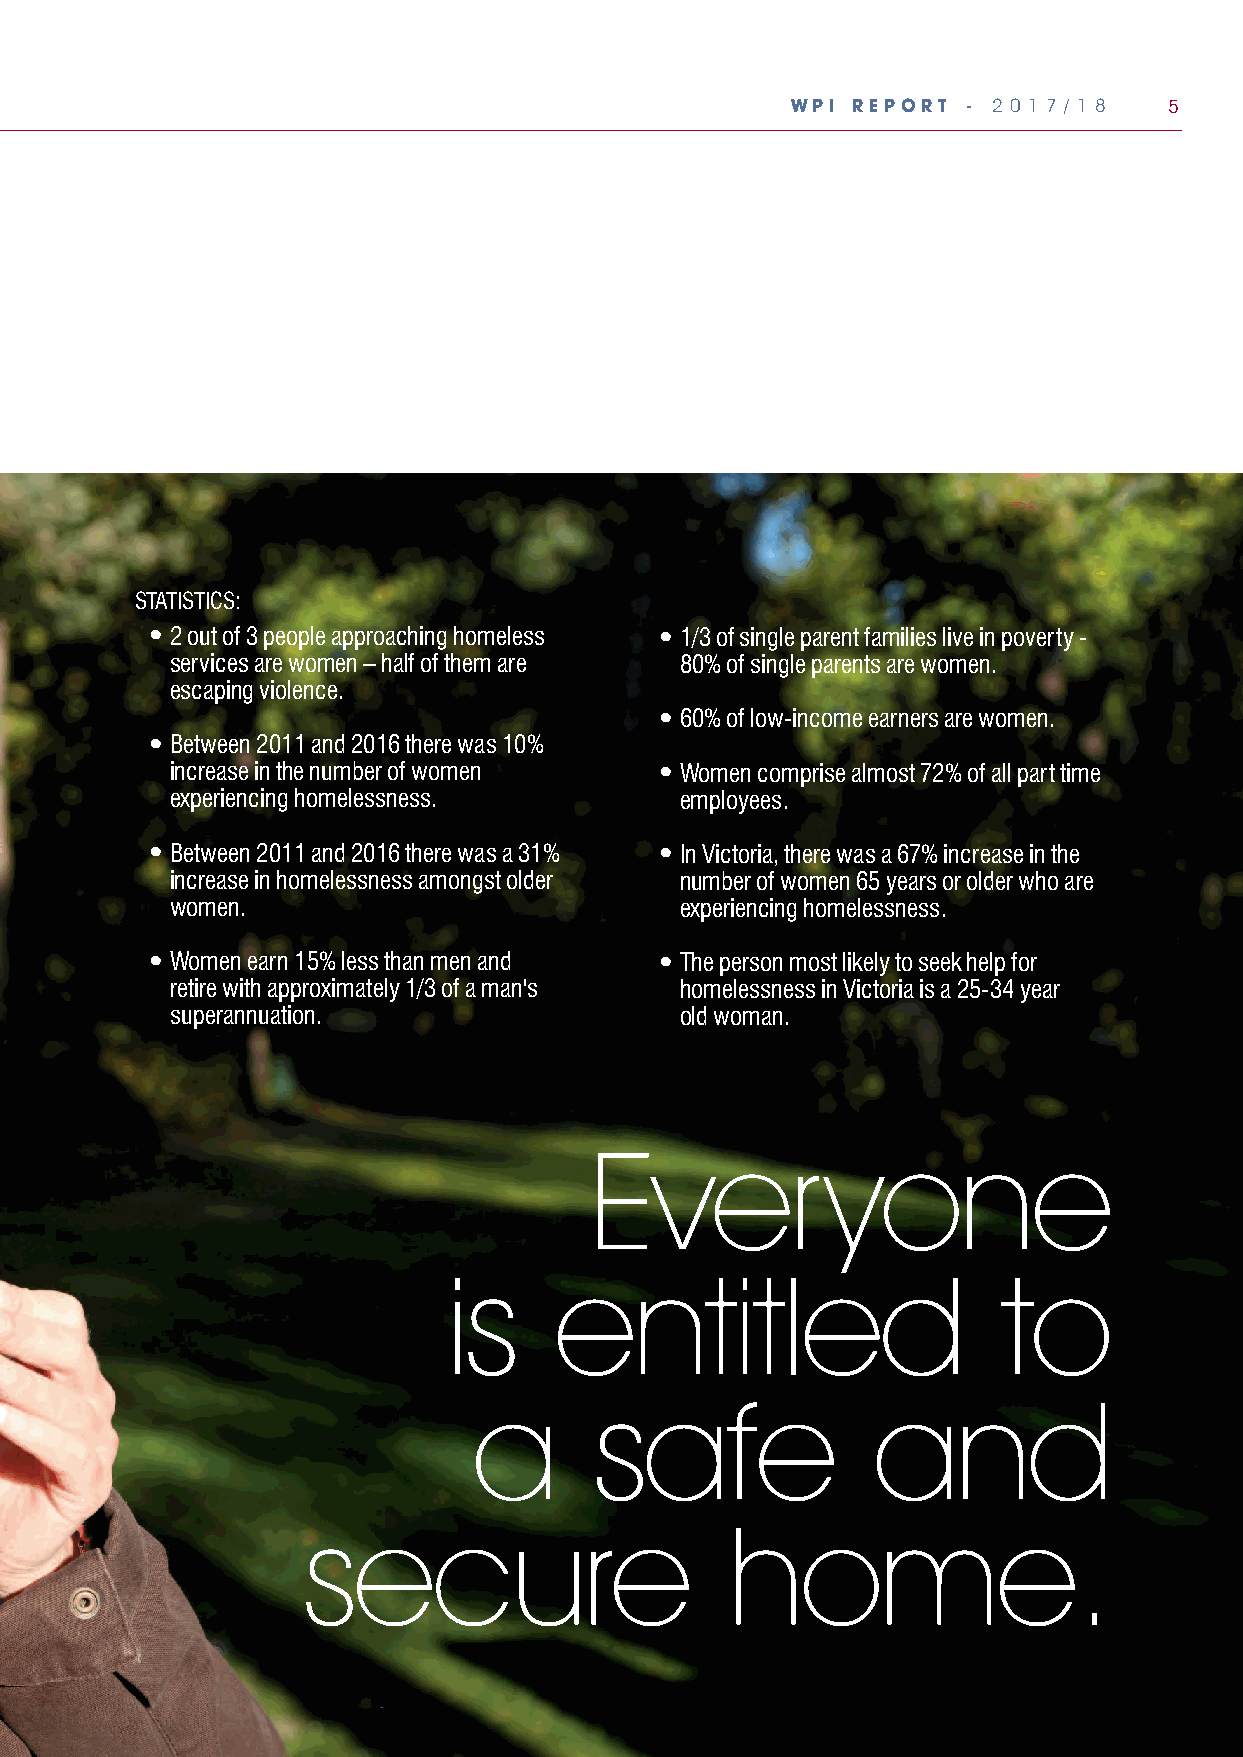
WPI REPORT  - 2 0 1 7 / 1 8 5
 STATISTICS:
 •2 out of 3 people approaching homeless •1/3 of single parent families live in poverty -
 services are women – half of them are 80% of single parents are women.
 escaping violence.
 •60% of low-income earners are women.
 •Between 2011 and 2016 there was 10%
 increase in the number of women •Women comprise almost 72% of all part time
 experiencing homelessness.        employees.
 •Between 2011 and 2016 there was a 31% •In Victoria, there was a 67% increase in the
 increase in homelessness amongst older number of women 65 years or older who are
 women.                            experiencing homelessness.
 •Women earn 15% less than men and •The person most likely to seek help for
 retire with approximately 1/3 of a man's homelessness in Victoria is a 25-34 year
 superannuation.                   old woman.
 Everyone
 is      entitled                     to
 a       safe               and
 secure                      home.